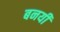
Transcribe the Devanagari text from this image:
बनयी